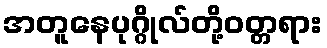
အတူနေပုဂ္ဂိုလ်တို့ဝတ္တရား